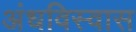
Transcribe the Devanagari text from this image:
अंधविस्वास